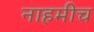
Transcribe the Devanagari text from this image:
नाहमीच